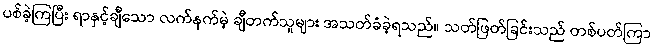
ပစ်ခဲ့ကြပြီး ရာနှင့်ချီသော လက်နက်မဲ့ ချီတက်သူများ အသတ်ခံခဲ့ရသည်။ သတ်ဖြတ်ခြင်းသည် တစ်ပတ်ကြာ